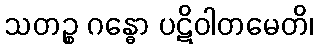
သတဉ္စ ဂန္ဓော ပဋိဝါတမေတိ၊